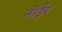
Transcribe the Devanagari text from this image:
नॉईर